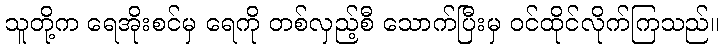
သူတို့က ရေအိုးစင်မှ ရေကို တစ်လှည့်စီ သောက်ပြီးမှ ဝင်ထိုင်လိုက်ကြသည်။